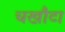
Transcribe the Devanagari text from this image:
चखौटा